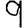
Digit: 9